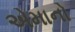
એમાનો